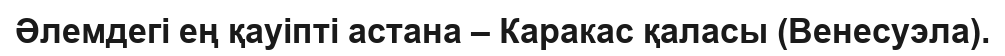
Әлемдегі ең қауіпті астана – Каракас қаласы (Венесуэла).